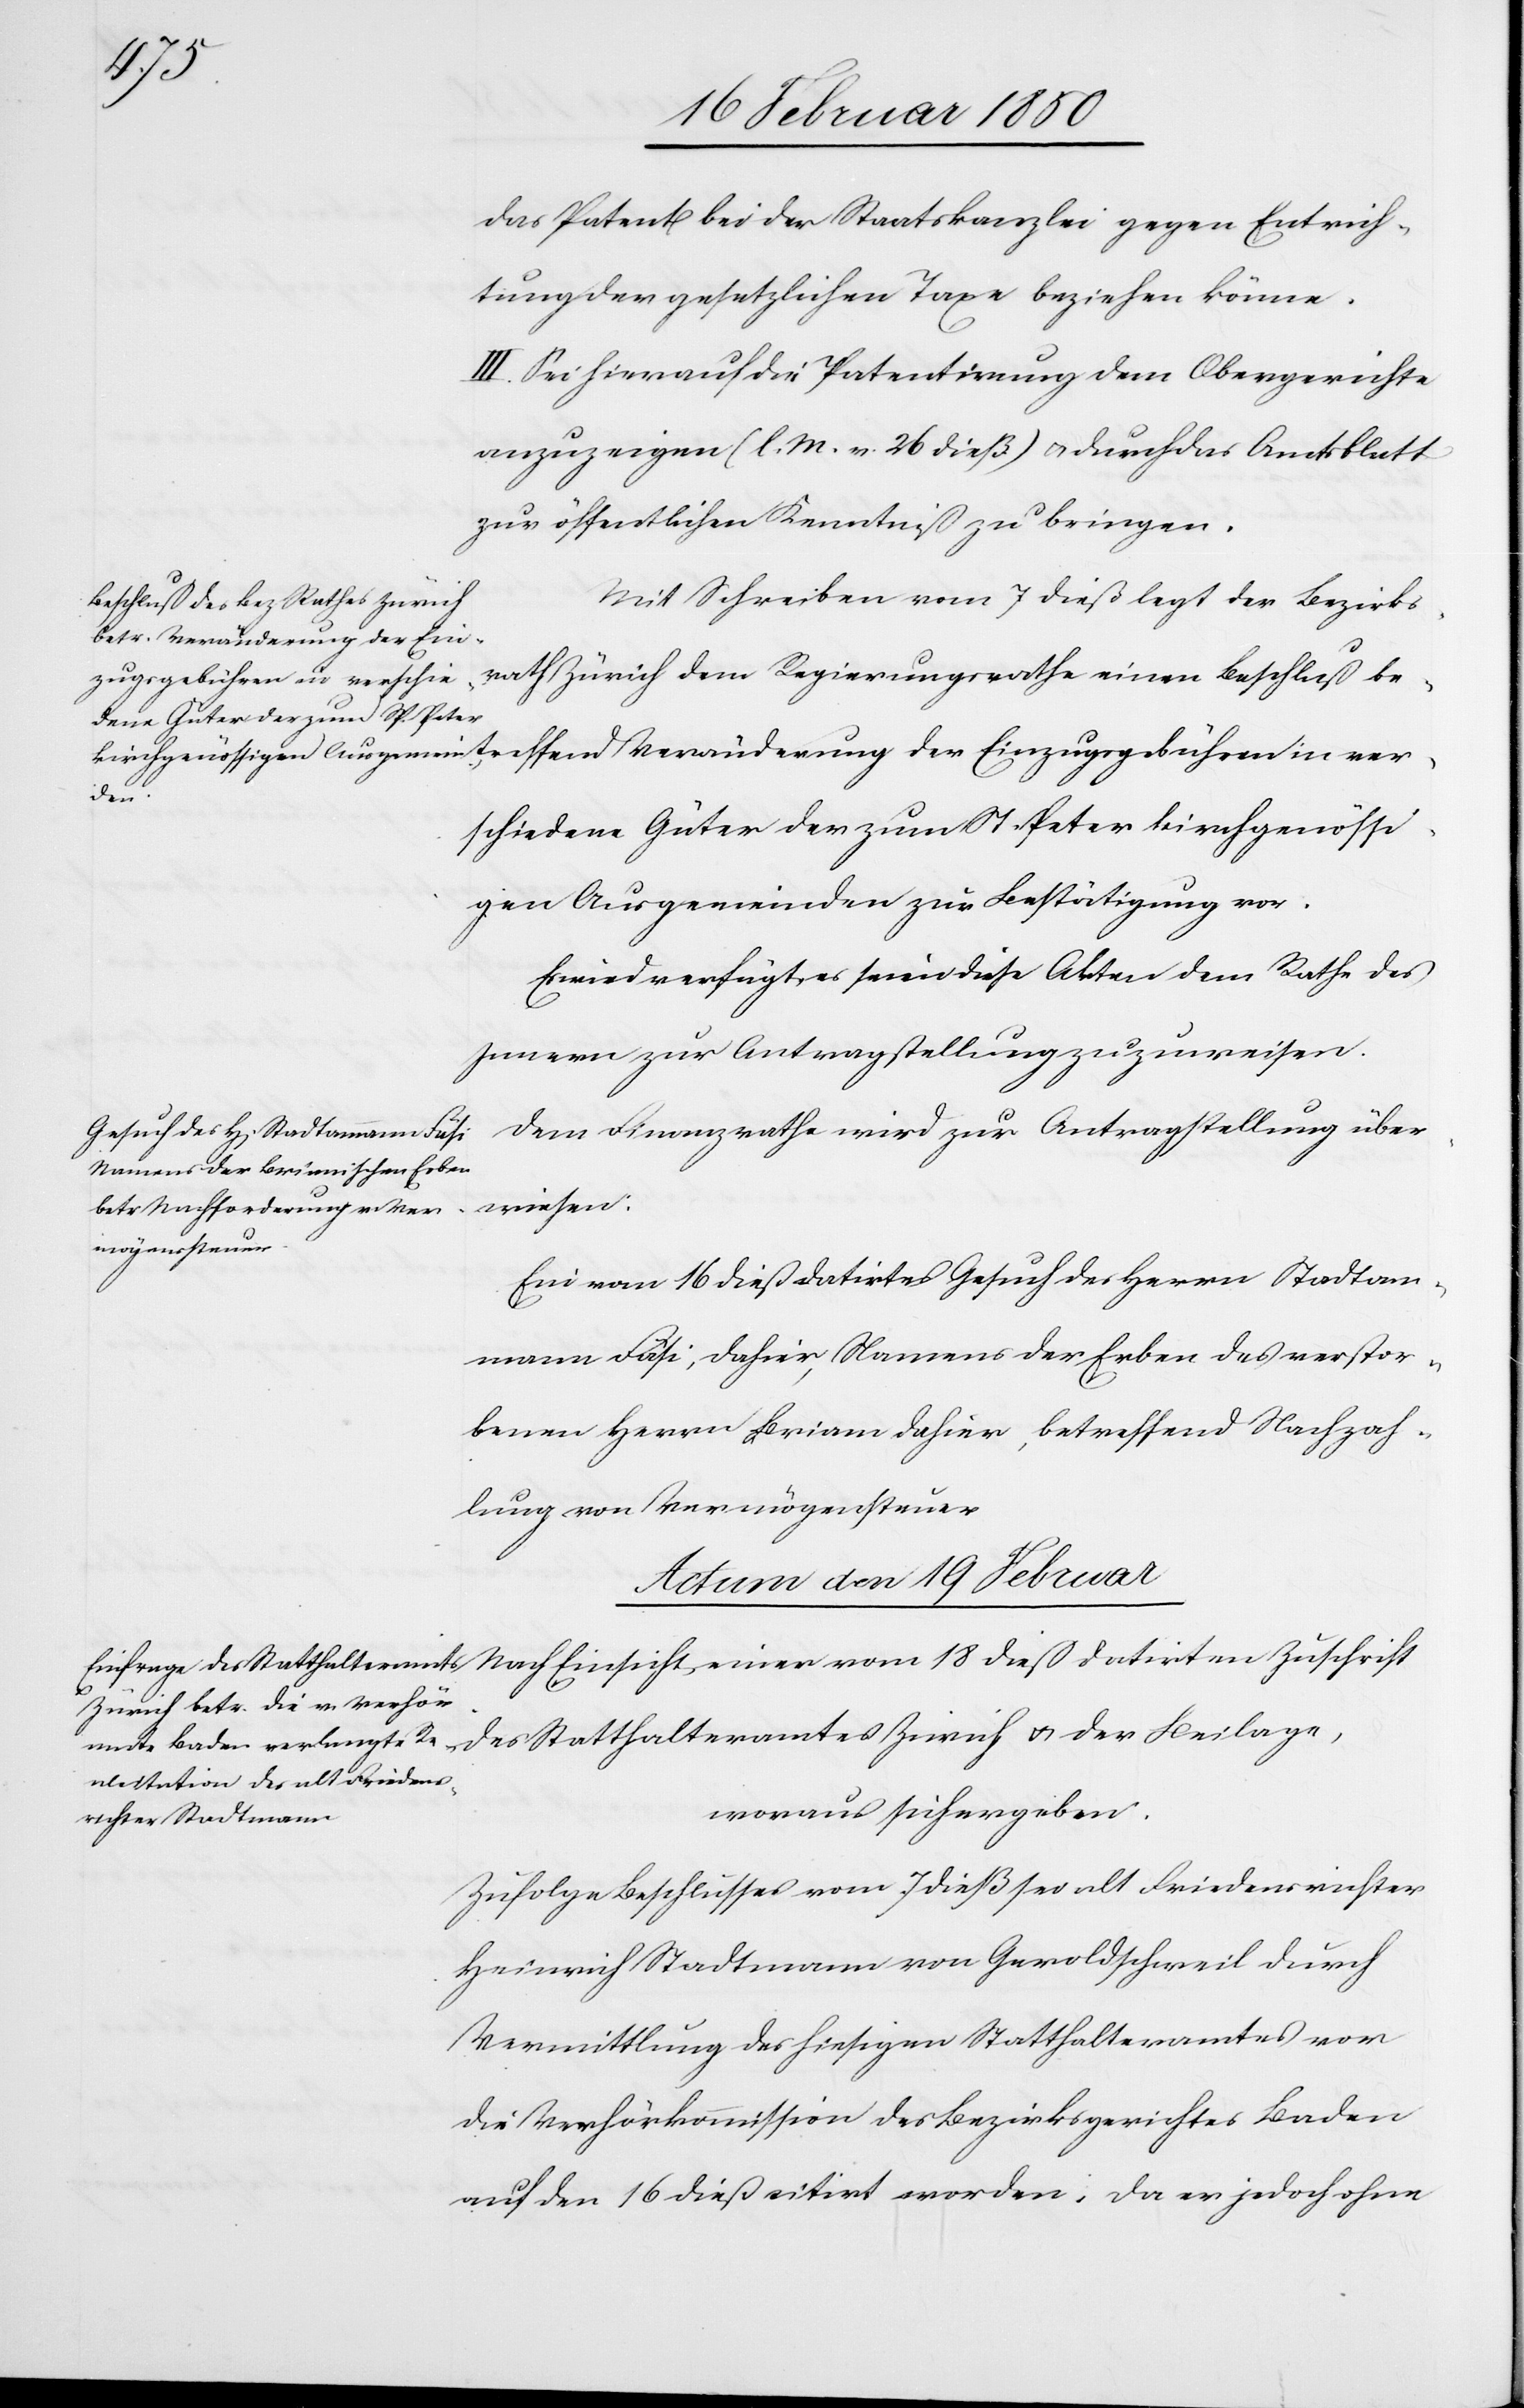
datirten
das Patent bei der Staatskanzlei gegen Entrich¬
tung der gesetzlichen Taxe beziehen könne.
III. Sei hierauf die Patentirung dem Obergerichte
anzuzeigen (l. M. v. 26 dieß) u. durch das Amtsblatt
zur öffentlichen Kenntniß zu bringen.
Mit Schreiben vom 7 dieß legt der Bezirks¬
fend Veränderung der Ein¬
zugsgebühren in verschiedene Güter der zum St. Peter kirchgenössigen Ausgemeinden zur Be¬
age,
Es wird verfügt, es seien diese Akten dem Rathe des
Innern zur Antragstellung zuzuweisen.
Dem Finanzrathe wird zur Antragstellung über¬
wiesen:
Ein vom 16 dieß datirtes Gesuch des Herrn Stadtam¬
mann Fäsi, dahier, Namens der Erben des verstor¬
benen Herrn Briam [sic!] dahier, betreffend Nachzah¬
lung von Vermögensteuer
Actum den 19 Februar
woraus sich ergeben:
Zufolge Beschlusses vom 7 dieß sei alt Friedensrichter
Heinrich Stadtmann von Geroldschweil durch
Vermittlung des hiesigen Statthalteramtes vor
die Verhörkommission des Bezirksgerichtes Baden
auf den 16 dieß citirt worden, da er jedoch ohne